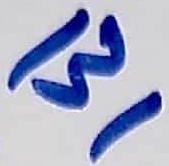
Text: 131